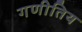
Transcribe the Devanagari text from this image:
गणीतिय